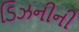
ડિઝનીની